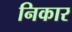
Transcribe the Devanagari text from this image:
निकार